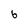
Character: 6